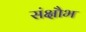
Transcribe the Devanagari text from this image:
संक्षौभ